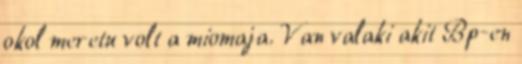
okol meretu volt a miomaja. Van valaki akit Bp-en